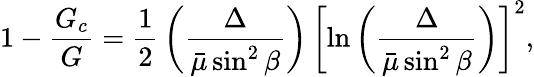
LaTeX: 1-{\frac{G_{c}}{G}}={\frac{1}{2}}\left({\frac{\Delta}{\bar{\mu}\sin^{2}\beta}}\right)\, \left[\ln\left({\frac{\Delta}{\bar{\mu}\sin^{2}\beta}}\right)\right]^{2},